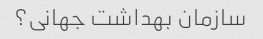
سازمان بهداشت جهانی؟